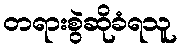
တရားစွဲဆိုခံရသူ